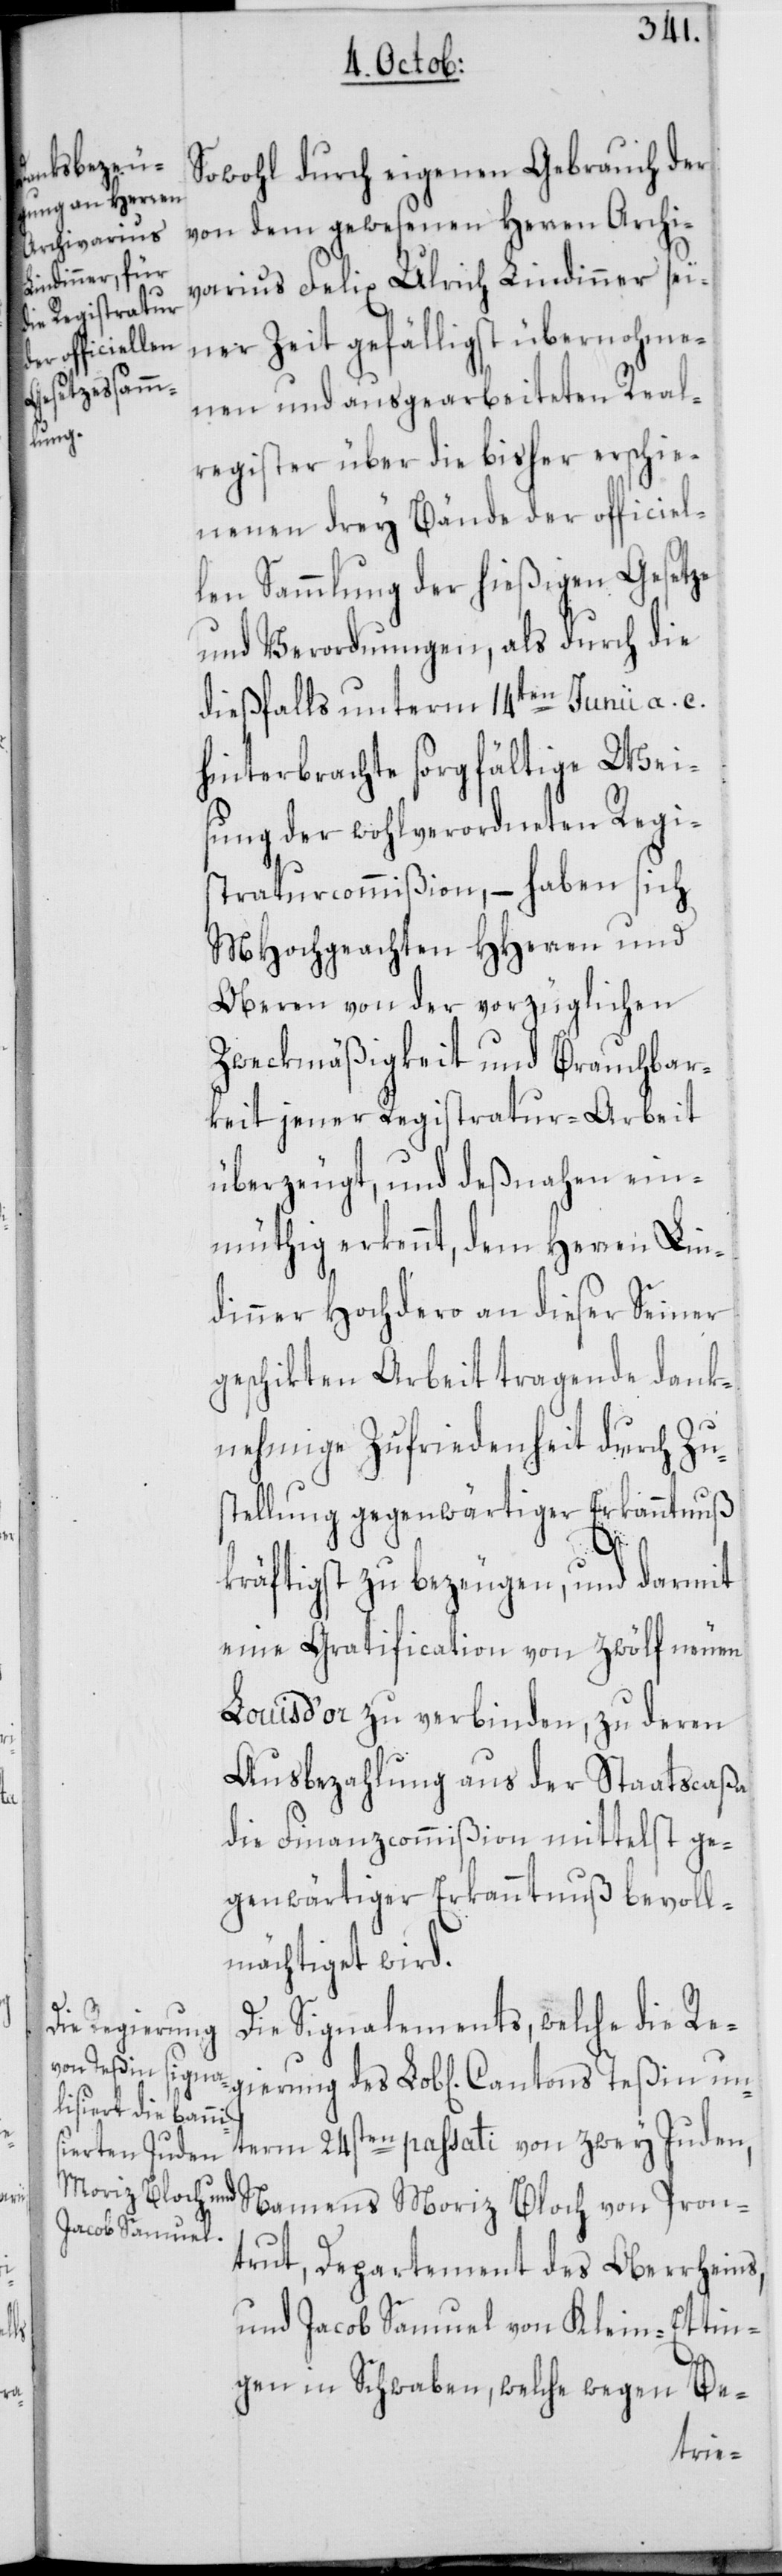
un¬

rung

Sowohl durch eigenen Gebrauch der
von dem gewesenen Herren Archi¬
varius Felix Ulrich Lindinner sei¬
ner Zeit gefälligst übernohme¬
nen und ausgearbeiteten Real¬
register über die bisher erschie¬
nenen drey Bände der officiel¬
len Sammlung der hießigen Gesetze
und Verordnungen, als durch die
dießfalls unterm 14ten Junii a. c.
hinterbrachte sorgfältige Wei¬
sung der wohlverordneten Regi¬
straturcommißion, – haben sich
MHochgeachten HHerren und
Oberen von der vorzüglichen
Zweckmäßigkeit und Brauchbar¬
keit jener Registratur-Arbeit
überzeugt, und deßnahen ein¬
müthig erkennt, dem Herren Lin¬
dinner Hochdero an dieser Seiner
geschikten Arbeit tragende dank¬
nehmige Zufriedenheit durch Zu¬
stellung gegenwärtiger Erkanntnuß
kräftigst zu bezeugen, und darmit
eine Gratification von zwölf neuen
Louis d’or zu verbinden, zu deren
Ausbezahlung aus der Staatscaßa
die Finanzcommißion mittelst ge¬
genwärtiger Erkanntnuß bevoll¬
mächtiget wird.
Die Signalements, welche die Re¬
term 24sten passati von zwey Juden,
Namens Moriz Bloch von Pron¬
trut, Departement des Oberrheins,
und Jacob Samuel von Klein-Ettin¬
gen in Schwaben, welche wegen Be-